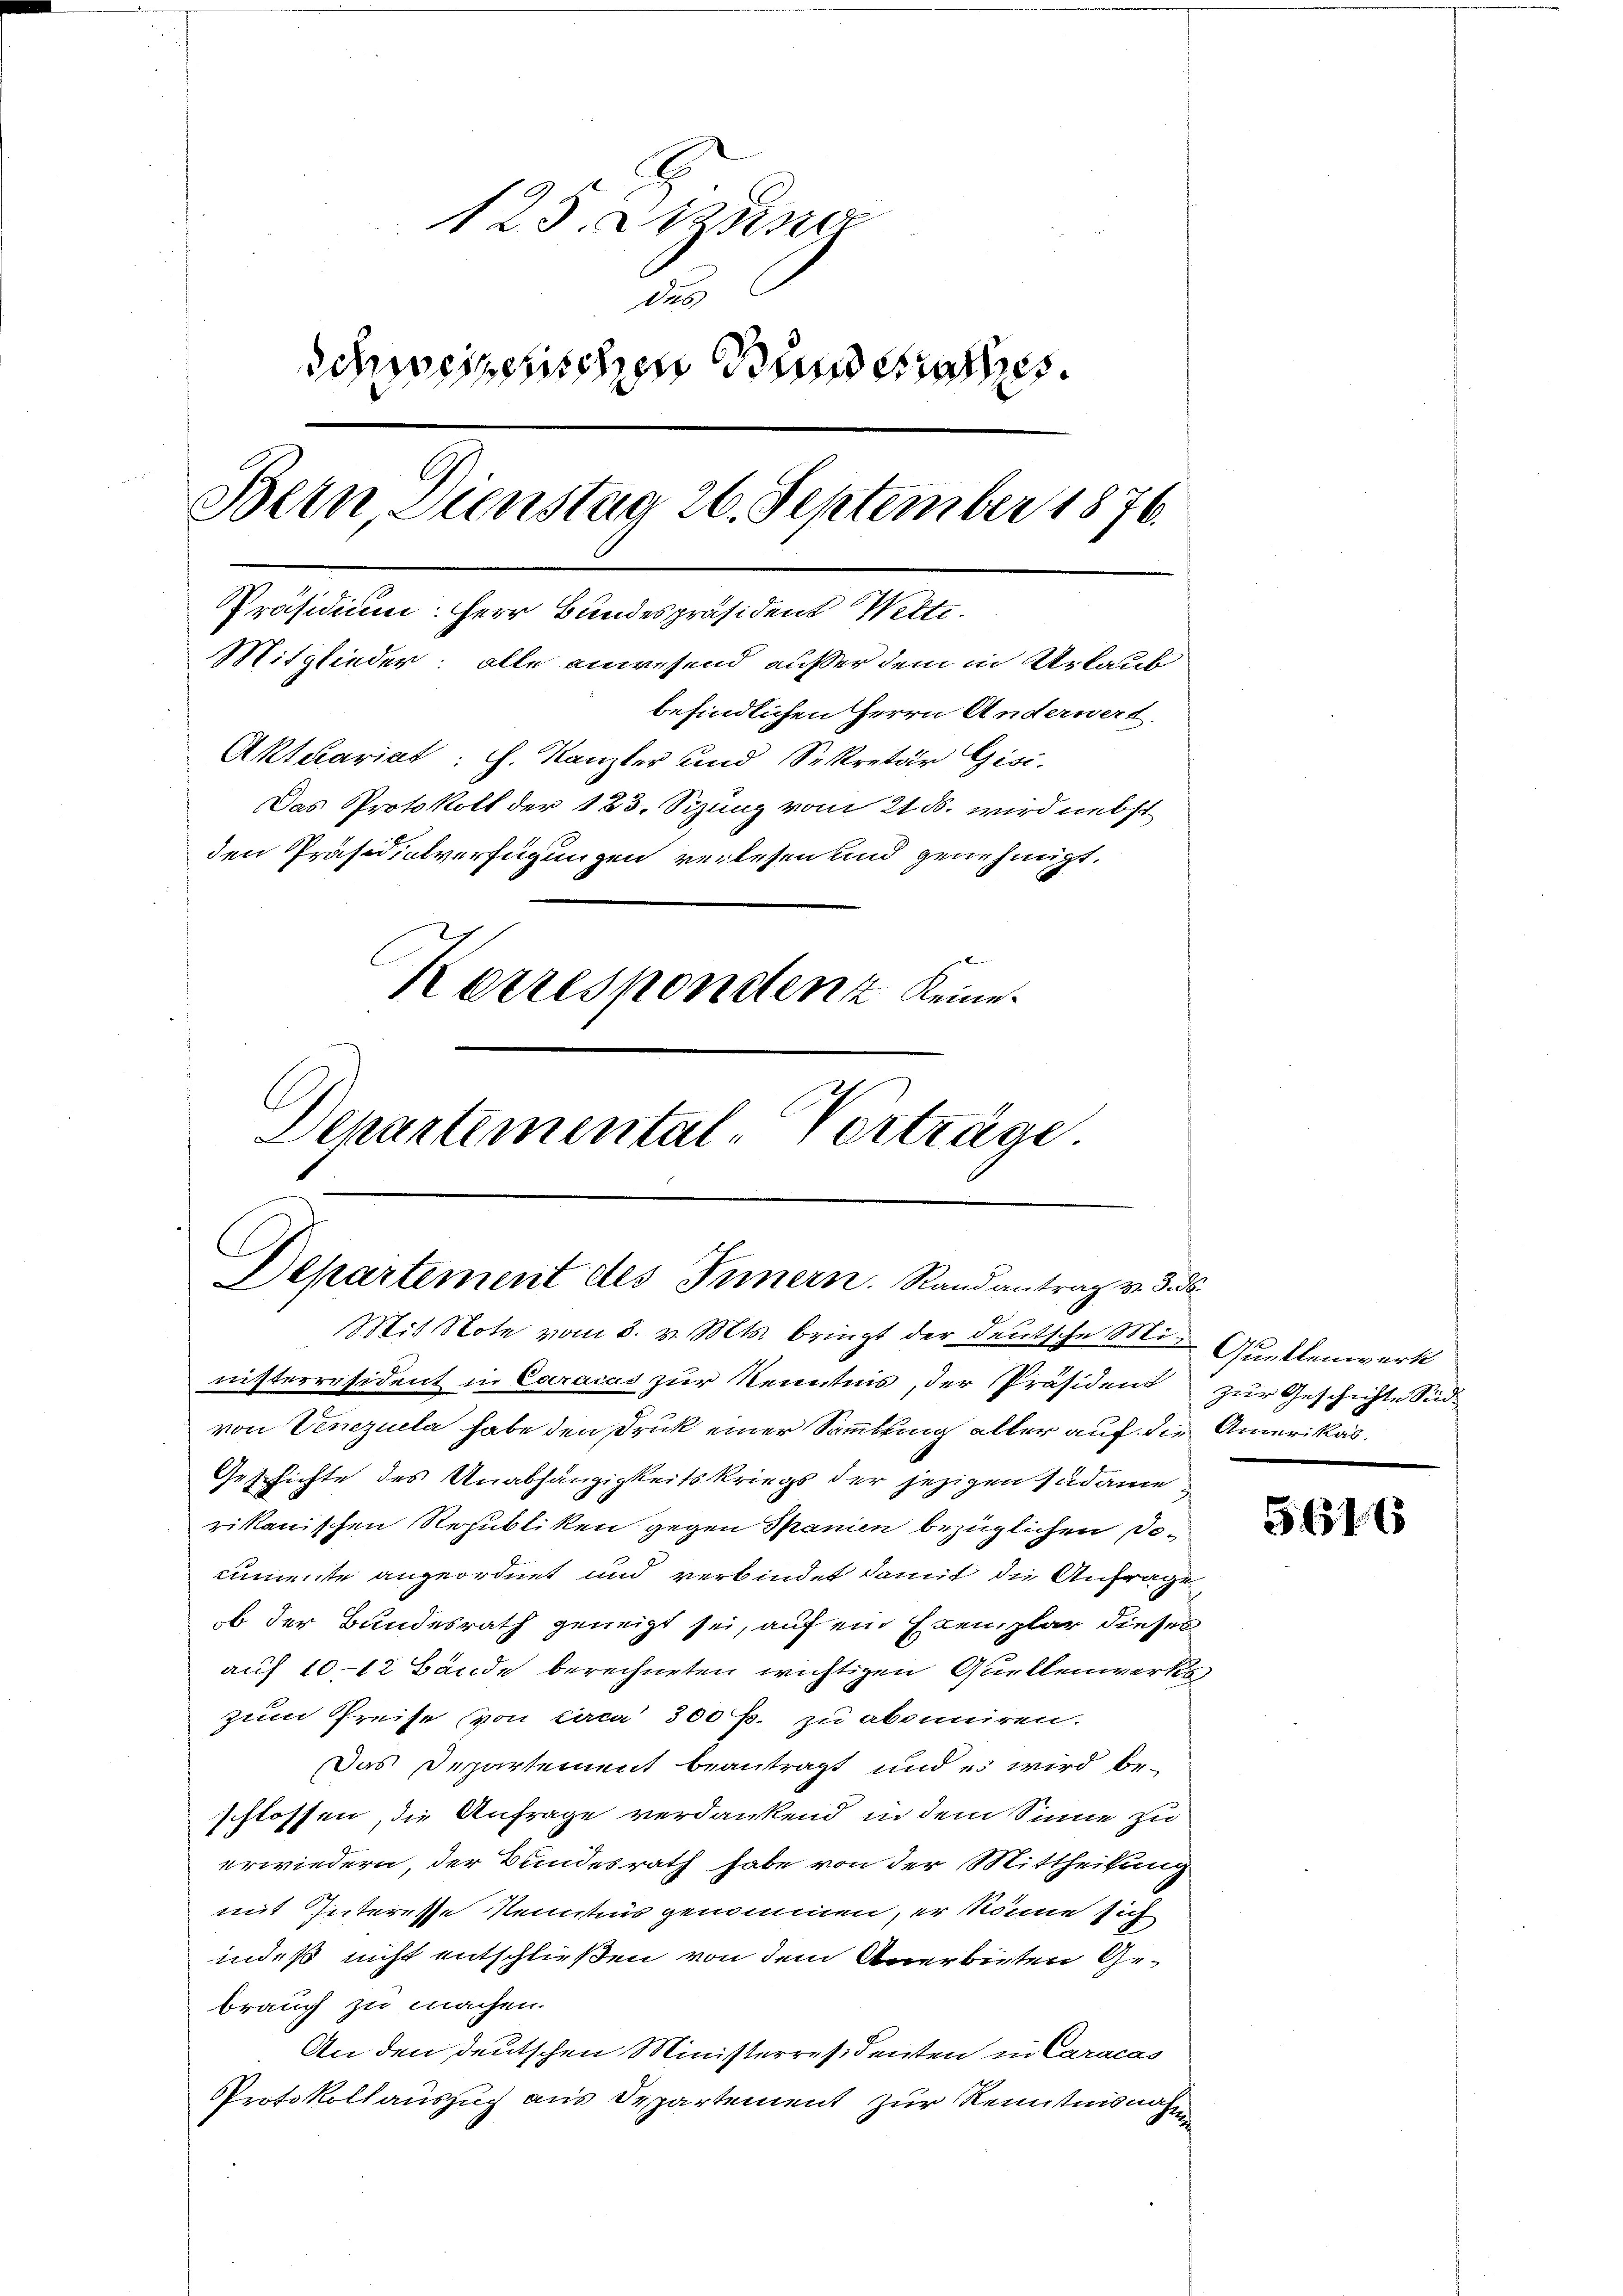
125. Atzun
des
Schweizerischen Bunderathes.
Bern Dienstag 26. September 1876.
Präsidium. Herr Bundespräsident Welti.
Mitglieder, alle anwesend außer dem in Urlaub
befindlichen Herrn Anderwert.
Aktuariat : H. Kanzler und Sekretär Gisi-
Das Protokoll der 123. Sizung vom 21. ds. wird nebst
den Präsidialverfügungen verlesen und genehmigt.
Korrespondenz keine
Departemental-Verträge.

C
Departement des Innern. Randantrag v. 3. ds.
Mit Note vom 3. v. Mts. bringt der deutsche Mit Punktenwerk

nisterräsident in Caracas zur Kenntnis, der Präsident zur Geschichte Südvon Venezuela habe den Druck einer Sammlung aller auf die Amerikas¬
Geschichte des Unabhängigkeitskriegs der jezigen Südame
rikanischen Republiken gegen Spanien bezüglichen Deimente angeordnet und verbindet damit die Anfrage
b der Bundesrath geneigt sei, auf ein Exemplar dieses
auf 10-12 Bände berechneten wichtigen Quellenwerks
zum Preise von circa 300 f. zu abonniren.
Das Departement beantragt und es wird be-
schlossen, die Anfrage verdankend in dem Sinne zu
erwiedern, der Bundesrath habe von der Mittheilung
mit Interesse Kenntnis genommen, er könne sich
indeß nicht entschließen von dem Anerbieten Gebrauch zu machen.
An den deutschen Ministerresidenten in Caracas
Protokollauszug aus Departement zur Kenntnisnahme

e

5616